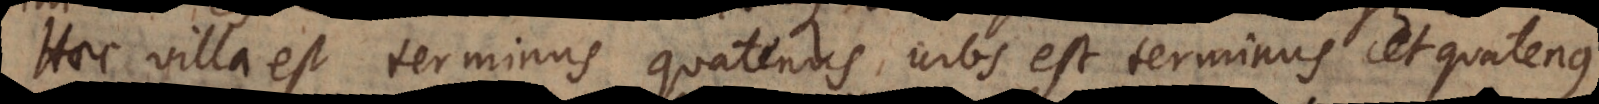
Haec villa est terminus quatenus urbs est terminus et quatenus